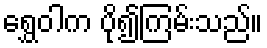
ရွှေဝါက ပို၍ကြမ်းသည်။